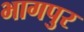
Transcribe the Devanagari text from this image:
भागपुर